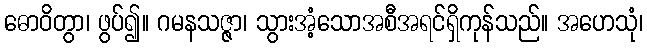
ဓောဝိတွာ၊ ဖွပ်၍။ ဂမနသဇ္ဇာ၊ သွားအံ့သောအစီအရင်ရှိကုန်သည်။ အဟေသုံ၊